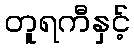
တူရကီနှင့်